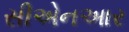
સીએનઆર